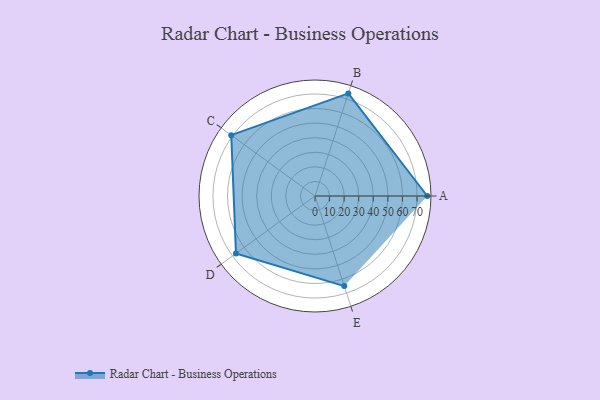
{"axis": {"x": "Skill", "y": "Score"}, "legend": ["Profile"], "data": [{"x": "A", "y": 77.0, "type": "Profile"}, {"x": "B", "y": 74.0, "type": "Profile"}, {"x": "C", "y": 71.0, "type": "Profile"}, {"x": "D", "y": 67.0, "type": "Profile"}, {"x": "E", "y": 65.0, "type": "Profile"}]}